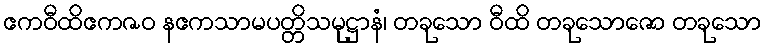
ဧကဝီထိဧကဇဝ နဧကသာမပတ္တိသမုဋ္ဌာနံ၊ တခုသော ဝီထိ တခုသောဇော တခုသော